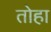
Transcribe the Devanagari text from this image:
तोहा